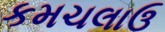
કમચલાઉ